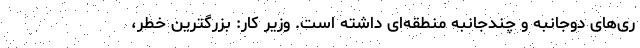
ری‌های دوجانبه و چندجانبه منطقه‌ای داشته است. وزیر کار: بزرگترین خطر،